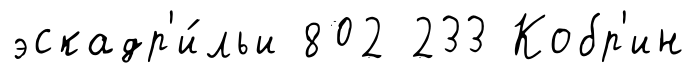
эскадр'и́льи 802 233 Кобр'ин